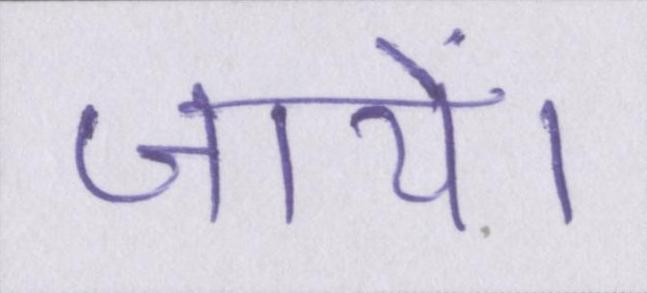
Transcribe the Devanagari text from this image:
जायें।